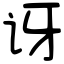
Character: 讶